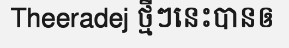
Theeradej ថ្មីៗនេះបានឲ